Senior Leaving Certificate Examination (including Day School Certificate (Higher) General paper), 1946
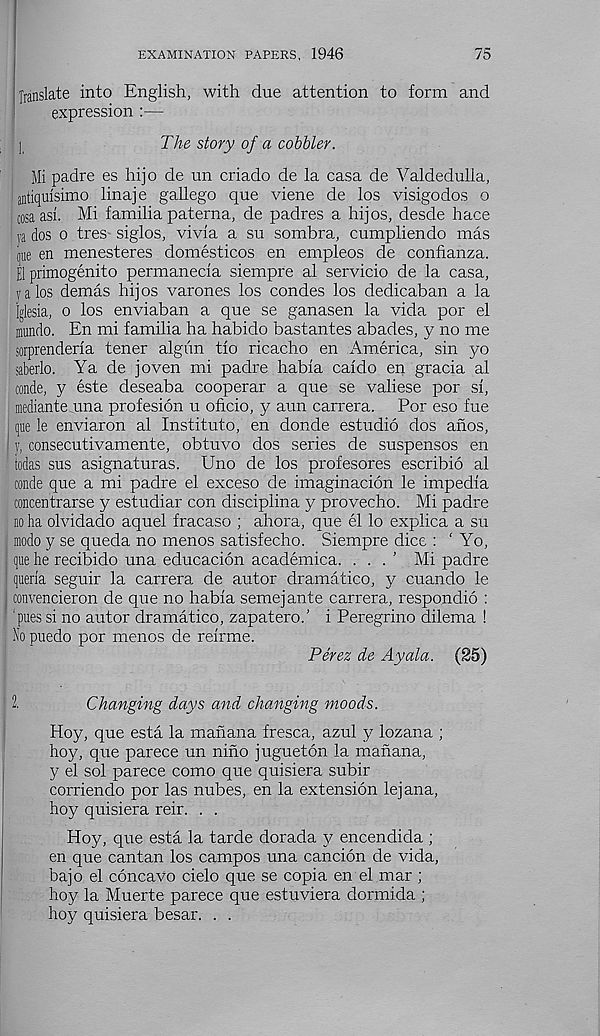
EXAMINATION PAPERS, 1946
75
i Translate into English, with due attention to form and
expression :—
1
The story of a cobbler.
Mi padre es hijo de tin criado de la casa de Valdedulla,
antiquisimo linaje gallego que viene de los visigodos o
cosaasi. Mi familia paterna, de padres a hijos, desde hace
«a dos o tres siglos, vivia a su sombra, cumpliendo mas
one en menesteres domesticos en empleos de conhanza.
El primogenito permanecia siempre al servicio de la casa,
yalos demas hijos varones los condes los dedicaban a la
Iglesia, o los enviaban a que se ganasen la vida por el
inundo. En mi familia ha habido bastantes abades, y no me
sorprenderia tener algiin tio ricacho en America, sin yo
saberlo. Ya de joven mi padre habia caldo en gracia al
conde, y este deseaba cooperar a que se valiese por si,
mediante una profesion u oficio, y aim carrera. Por eso fue
que le enviaron al Institute, en donde estudio dos afios,
y, consecutivamente, obtuvo dos series de suspenses en
todas sus asignaturas. Uno de los profesores escribio al
conde que a mi padre el exceso de irnaginacion le impedia
concentrarse y estudiar con disciplina y provecho. Mi padre
no ha olvidado aquel fracaso ; ahora, que el lo explica a su
mode y se queda no menos satisfecho. Siempre dice : ‘ Yo,
que he recibido una educacion academica. . . . ’ Mi padre
querla seguir la carrera de autor dramatico, y cuando le
convencieron de que no habia semejante carrera, respondio :
‘pues si no autor dramatico, zapatero.' i Peregrine dilema !
No puedo por menos de reirme.
Perez de Ayala. (25)
2.
Changing days and changing moods.
Hoy, que esta la manana fresca, azul y lozana ;
hoy, que parece un niho jugueton la mahana,
y el sol parece como que quisiera subir
corriendo por las nubes, en la extension lejana,
hoy quisiera reir. . .
Hoy, que esta la tarde dorada y encendida ;
en que cantan los campos una cancion de vida,
bajo el concavo cielo que se copia en el mar ;
hoy la Muerte parece que estuviera dormida ;
hoy quisiera besar. . .